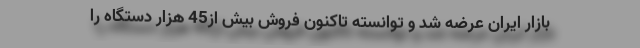
بازار ایران عرضه شد و توانسته تاکنون فروش بیش از45 هزار دستگاه را